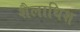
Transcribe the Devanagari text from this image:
शैलाधिश